Civil Veterinary Department. Central Provinces & Berar 1932-41 - 1932-1941
Year: 1932
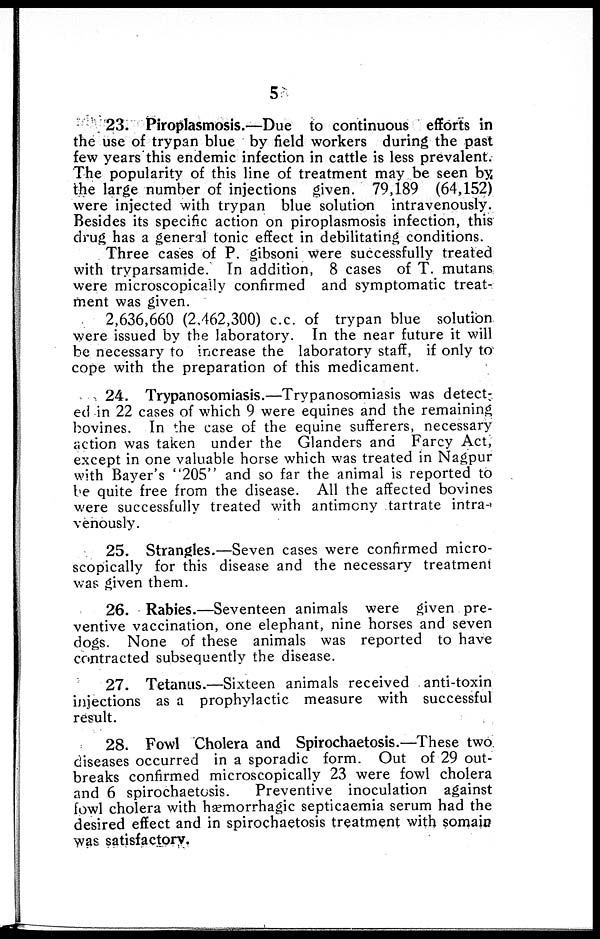
5
23. Piroplasmosis.—Due to continuous efforts in
the use of trypan blue by field workers during the past
few years this endemic infection in cattle is less prevalent.
The popularity of this line of treatment may be seen by
the large number of injections given. 79,189 (64,152)
were injected with trypan blue solution intravenously.
Besides its specific action on piroplasmosis infection, this
drug has a general tonic effect in debilitating conditions.
Three cases of P. gibsoni were successfully treated
with tryparsamide. In addition, 8 cases of T. mutans
were microscopically confirmed and symptomatic treat-
ment was given.
2,636,660 (2,462,300) c.c. of trypan blue solution
were issued by the laboratory. In the near future it will
be necessary to increase the laboratory staff, if only to
cope with the preparation of this medicament.
24. Trypanosomiasis.—Trypanosomiasis was detect-
ed in 22 cases of which 9 were equines and the remaining
bovines. In the case of the equine sufferers, necessary
action was taken under the Glanders and Farcy Act,
except in one valuable horse which was treated in Nagpur
with Bayer's "205" and so far the animal is reported to
be quite free from the disease. All the affected bovines
were successfully treated with antimony tartrate intra-
venously.
25. Strangles.—Seven cases were confirmed micro-
scopically for this disease and the necessary treatment
was given them.
26. Rabies.—Seventeen animals were given pre-
ventive vaccination, one elephant, nine horses and seven
dogs. None of these animals was reported to have
contracted subsequently the disease.
27. Tetanus.—Sixteen animals received anti-toxin
injections as a prophylactic measure with successful
result.
28. Fowl Cholera and Spirochaetosis.—These two
diseases occurred in a sporadic form. Out of 29 out-
breaks confirmed microscopically 23 were fowl cholera
and 6 spirochaetosis.
Preventive inoculation against
fowl cholera with hæmorrhagic septicaemia serum had the
desired effect and in spirochaetosis treatment with somain
was satisfactory.